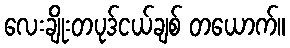
လေးချိုးတပုဒ်ငယ်ချစ် တယောက်။